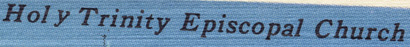
Holy Trinity Episcopal Church